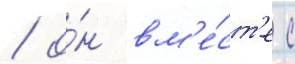
/ о́н вм'е́ст'е с